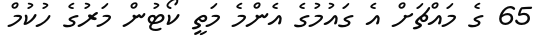
65 ގެ މައްޗަށް އެ ގައުމުގެ އެންމެ މަތީ ކޯޓުން މަރުގެ ހުކުމް